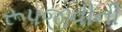
રૂપજીવીની